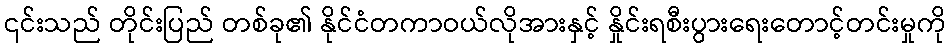
၎င်းသည် တိုင်းပြည် တစ်ခု၏ နိုင်ငံတကာဝယ်လိုအားနှင့် နှိုင်းရစီးပွားရေးတောင့်တင်းမှုကို